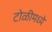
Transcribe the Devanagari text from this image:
टोळीमध्ये